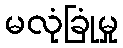
မလုံခြုံမှု